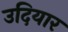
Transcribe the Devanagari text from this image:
उदियार